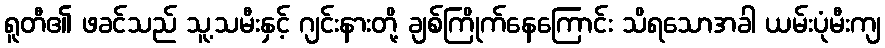
ရူတီ၏ ဖခင်သည် သူ့သမီးနှင့် ဂျင်းနားတို့ ချစ်ကြိုက်နေကြောင်း သိရသောအခါ ယမ်းပုံမီးကျ